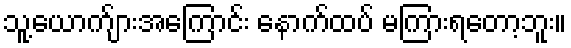
သူ့ယောက်ျားအကြောင်း နောက်ထပ် မကြားရတော့ဘူး။